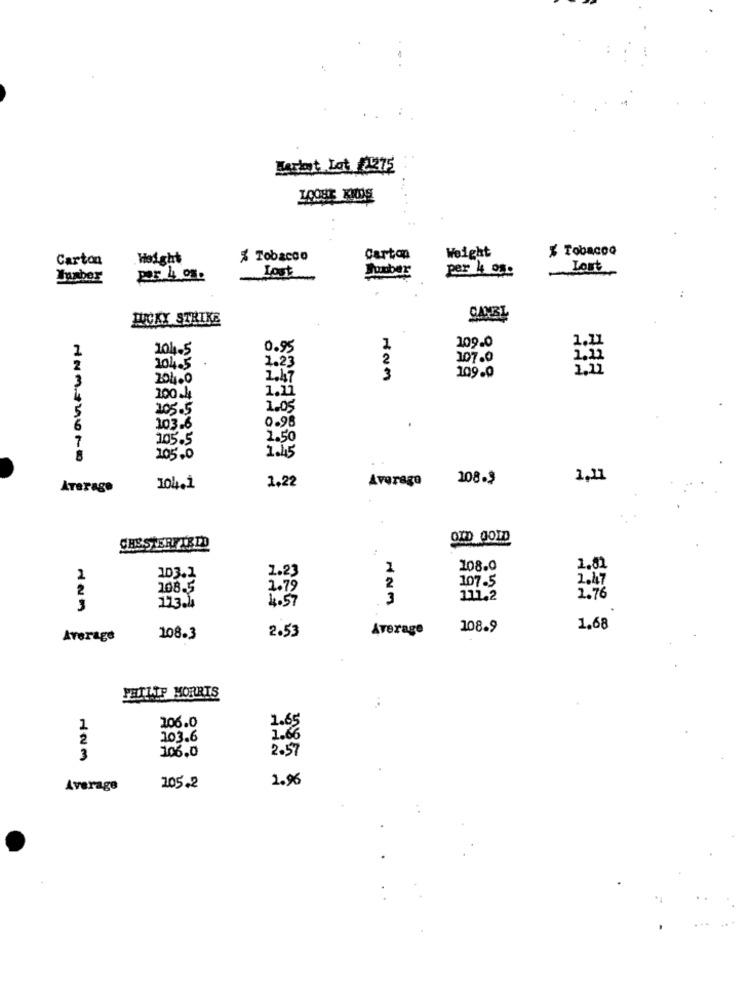
Marmot Lat 21275
% Tobacco
Carton
Weight
% Tobacco
Carton
Weight
Lost
per 44 og.
Lost
Juaber
RICKY STRIKE
CAMBI
1.11
1
104.5
0.95
109.0
.
1.23
2
107.0
1,12
204.5
3
109.0
2.22
3
204.0
1.47
1.11
100 .lg
105.5
1.05
0.95
103.6
105.5
2.50
1.45
105.0
1,22
Average
108.3
1,11
Average
104.1
OID GOLD
CHESTERFIELD
1.23
108.0
1.81
103.1
2
2.47
2
108.5
2.79
107.5
4.57
3
111.2
2.76
2.53
Average
108.9
1.68
Average
108.3
PHILIP MORRIS
106.0
1.65
2
103.6
1.66
106.0
2.57
3
2.96
Average
205.2